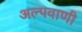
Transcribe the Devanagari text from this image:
अल्पवाणी